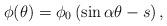
LaTeX: \begin{align*}\phi(\theta) = \phi_0\left(\sin\alpha\theta - s\right),\end{align*}